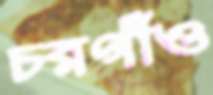
চরগাঁও